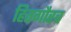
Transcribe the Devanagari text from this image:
हितगौरव